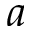
a